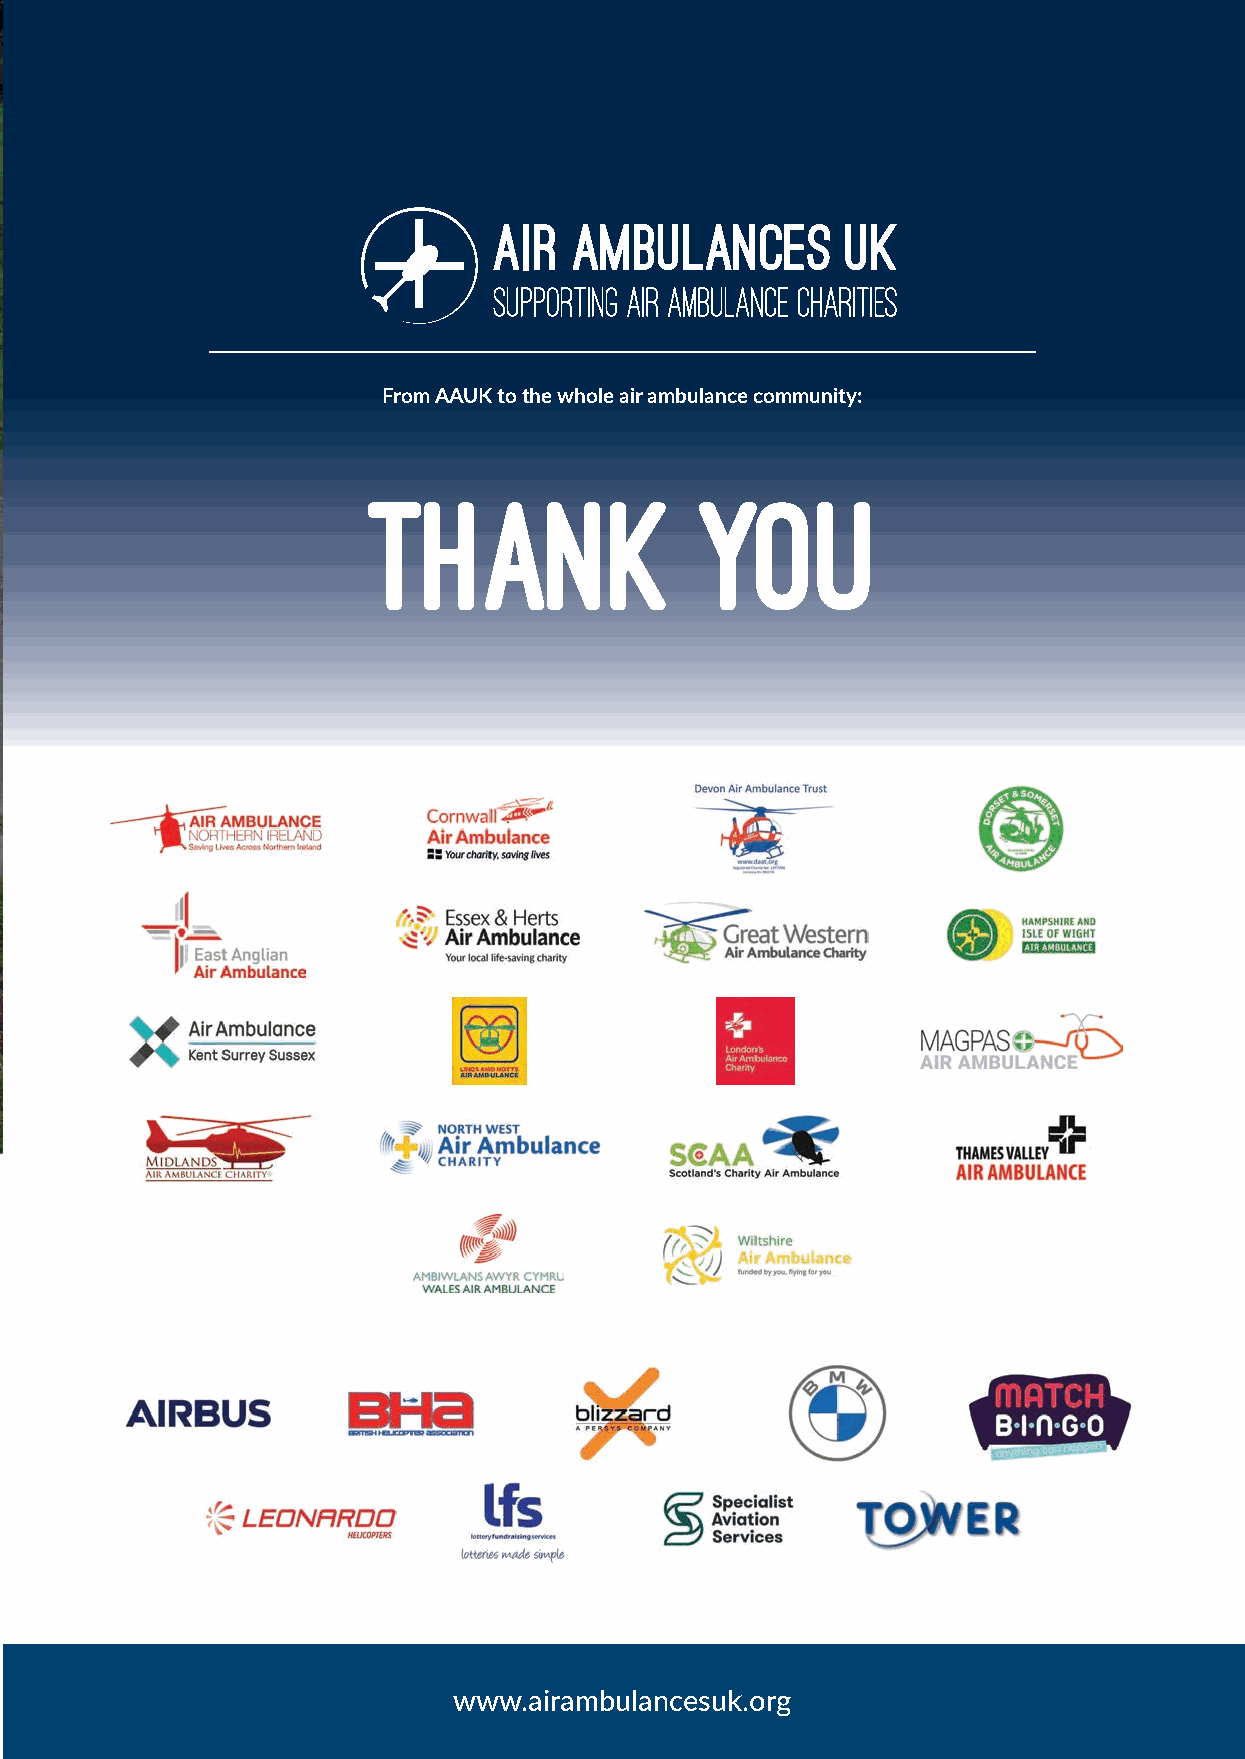
From AAUK to the whole air ambulance community:
 THANK                 YOU
 www.airambulancesuk.org